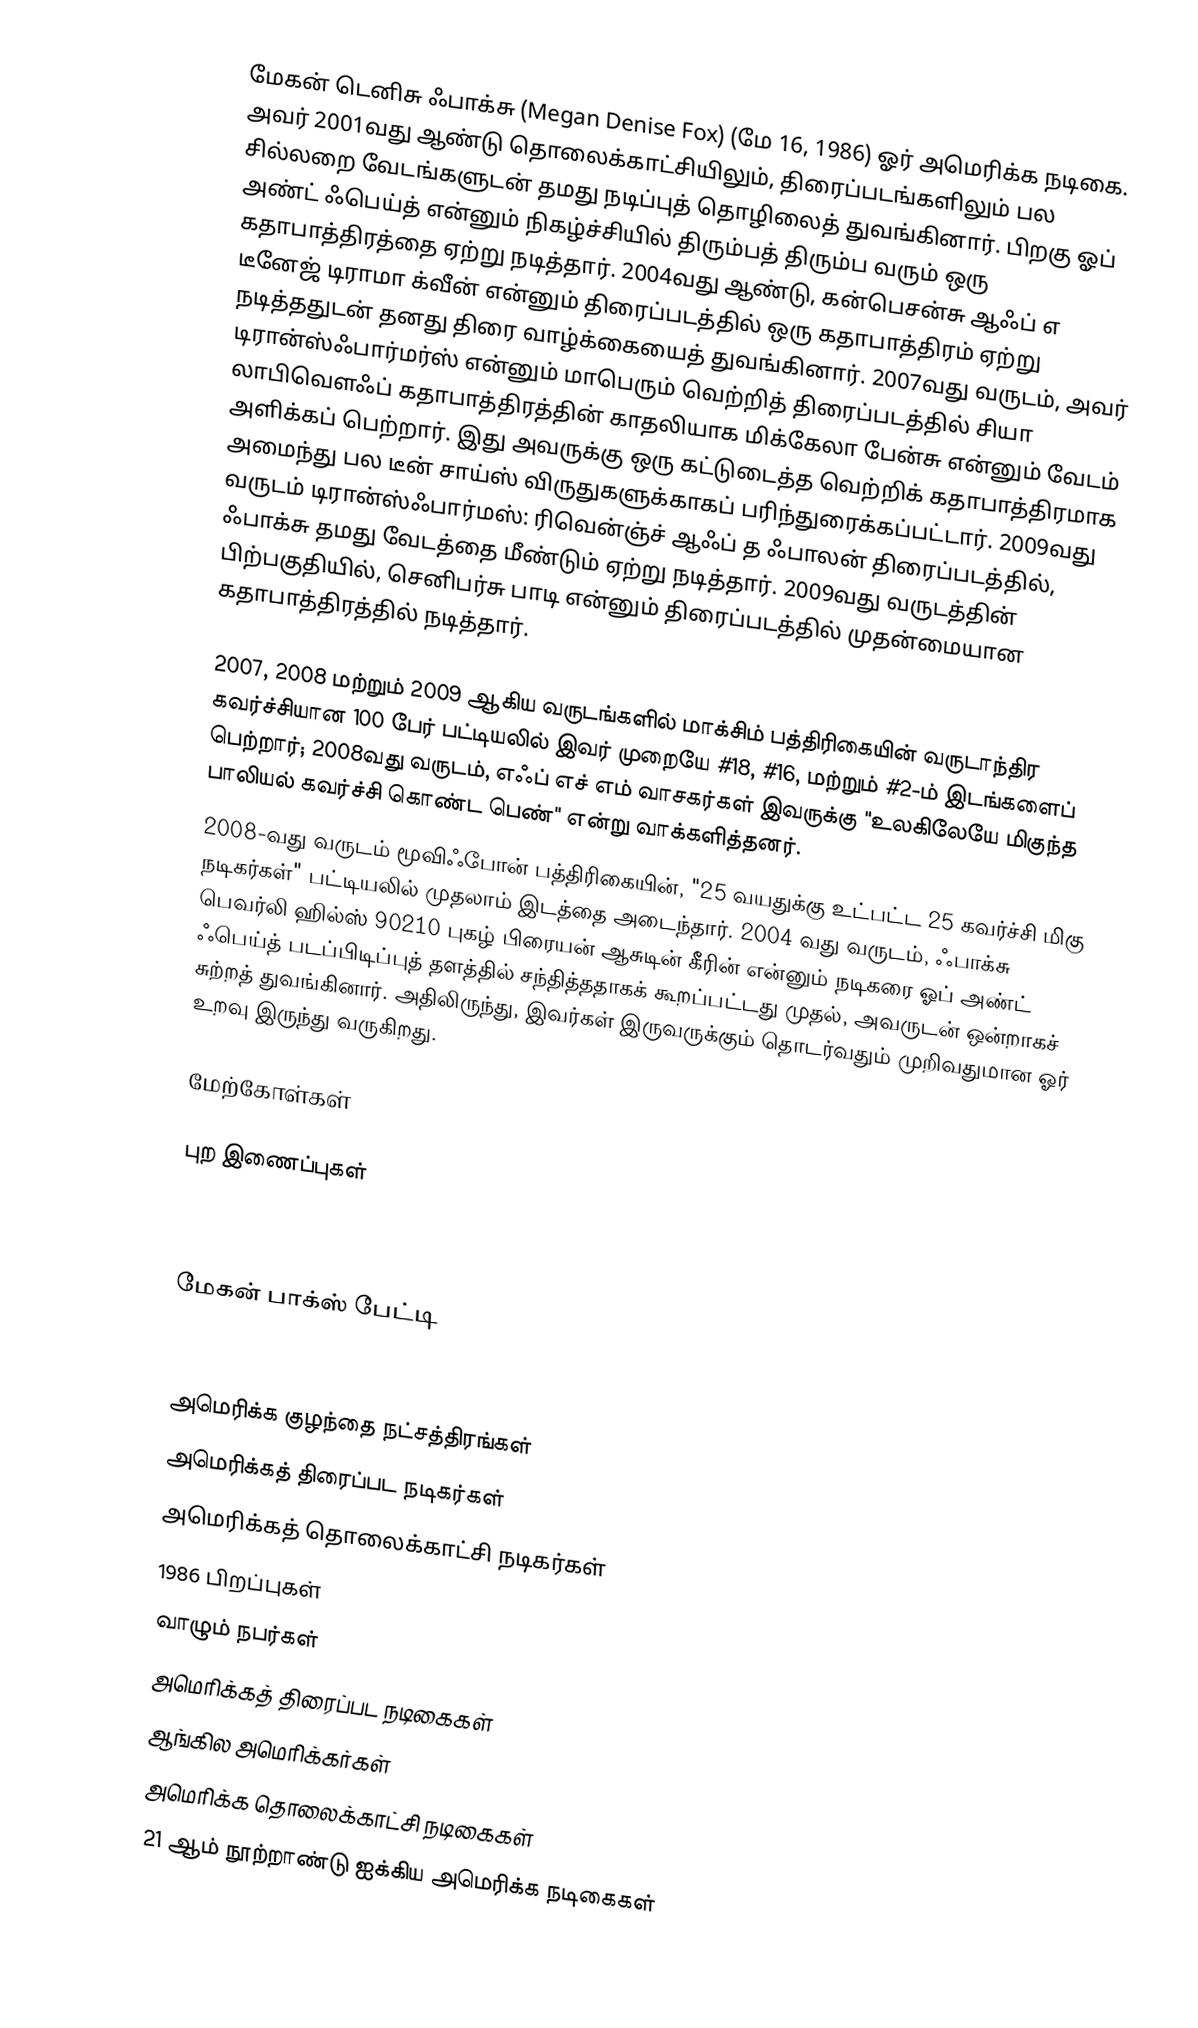
மேகன் டெனிசு ஃபாக்சு (Megan Denise Fox) (மே 16, 1986) ஓர் அமெரிக்க நடிகை. அவர் 2001வது ஆண்டு தொலைக்காட்சியிலும், திரைப்படங்களிலும் பல சில்லறை வேடங்களுடன் தமது நடிப்புத் தொழிலைத் துவங்கினார். பிறகு ஓப் அண்ட் ஃபெய்த்  என்னும் நிகழ்ச்சியில் திரும்பத் திரும்ப வரும் ஒரு கதாபாத்திரத்தை ஏற்று நடித்தார். 2004வது ஆண்டு, கன்பெசன்சு ஆஃப் எ டீனேஜ் டிராமா க்வீன்  என்னும் திரைப்படத்தில் ஒரு கதாபாத்திரம் ஏற்று நடித்ததுடன் தனது திரை வாழ்க்கையைத் துவங்கினார். 2007வது வருடம், அவர் டிரான்ஸ்ஃபார்மர்ஸ்  என்னும் மாபெரும் வெற்றித் திரைப்படத்தில் சியா லாபிவௌஃப் கதாபாத்திரத்தின் காதலியாக மிக்கேலா பேன்சு  என்னும் வேடம் அளிக்கப் பெற்றார். இது அவருக்கு ஒரு கட்டுடைத்த வெற்றிக் கதாபாத்திரமாக அமைந்து பல டீன் சாய்ஸ் விருதுகளுக்காகப் பரிந்துரைக்கப்பட்டார். 2009வது வருடம் டிரான்ஸ்ஃபார்மஸ்: ரிவென்ஞ்ச் ஆஃப் த ஃபாலன் திரைப்படத்தில், ஃபாக்சு தமது வேடத்தை மீண்டும் ஏற்று நடித்தார். 2009வது வருடத்தின் பிற்பகுதியில், செனிபர்சு பாடி  என்னும் திரைப்படத்தில் முதன்மையான கதாபாத்திரத்தில் நடித்தார்.

2007, 2008 மற்றும் 2009 ஆகிய வருடங்களில் மாக்சிம்  பத்திரிகையின் வருடாந்திர கவர்ச்சியான 100 பேர் பட்டியலில் இவர் முறையே #18, #16, மற்றும் #2-ம் இடங்களைப் பெற்றார்; 2008வது வருடம், எஃப் எச் எம்  வாசகர்கள் இவருக்கு "உலகிலேயே மிகுந்த பாலியல் கவர்ச்சி கொண்ட பெண்" என்று வாக்களித்தனர்.
2008-வது வருடம் மூவிஃபோன் பத்திரிகையின், "25 வயதுக்கு உட்பட்ட 25 கவர்ச்சி மிகு நடிகர்கள்" பட்டியலில் முதலாம் இடத்தை அடைந்தார்.  2004 வது வருடம், ஃபாக்சு பெவர்லி ஹில்ஸ் 90210  புகழ் பிரையன் ஆசுடின் கீரின்  என்னும் நடிகரை ஓப் அண்ட் ஃபெய்த்  படப்பிடிப்புத் தளத்தில் சந்தித்ததாகக் கூறப்பட்டது முதல், அவருடன் ஒன்றாகச் சுற்றத் துவங்கினார். அதிலிருந்து, இவர்கள் இருவருக்கும் தொடர்வதும் முறிவதுமான ஓர் உறவு இருந்து வருகிறது.

மேற்கோள்கள்

புற இணைப்புகள்

 மேகன் பாக்ஸ் பேட்டி

அமெரிக்க குழந்தை நட்சத்திரங்கள்
அமெரிக்கத் திரைப்பட நடிகர்கள்
அமெரிக்கத் தொலைக்காட்சி நடிகர்கள்
1986 பிறப்புகள்
வாழும் நபர்கள்
அமெரிக்கத் திரைப்பட நடிகைகள்
ஆங்கில அமெரிக்கர்கள்
அமெரிக்க தொலைக்காட்சி நடிகைகள்
21 ஆம் நூற்றாண்டு ஐக்கிய அமெரிக்க நடிகைகள்